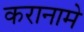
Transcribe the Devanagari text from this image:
करानामे